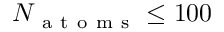
N _ { \mathrm { ~ a ~ t ~ o ~ m ~ s ~ } } \leq 1 0 0